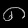
Digit: ၈